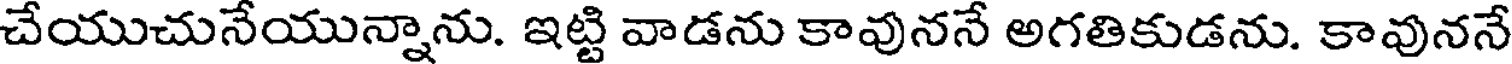
చేయుచునేయున్నాను. ఇట్టి వాడను కావుననే అగతికుడను. కావుననే